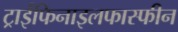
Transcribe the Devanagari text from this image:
ट्राईफिनाइलफास्फीन